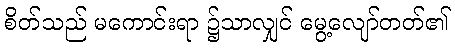
စိတ်သည် မကောင်းရာ ၌သာလျှင် မွေ့လျော်တတ်၏